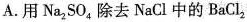
A.用Na_{2}SO_{4}除去NaCl中的BaCl_{2}